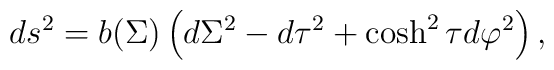
ds^2=b(\Sigma)\left(d\Sigma^2-d\tau^2+\cosh^2\tau d\varphi^2\right) ,